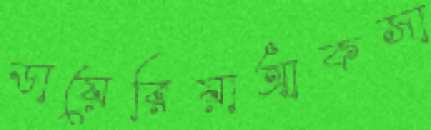
ডায়েরিয়াআকসা